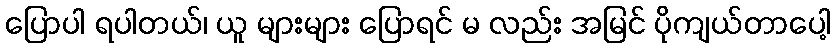
ပြောပါ ရပါတယ်၊ ယူ များများ ပြောရင် မ လည်း အမြင် ပိုကျယ်တာပေါ့